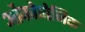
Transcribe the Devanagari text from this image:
ओंकोजेनिक